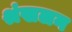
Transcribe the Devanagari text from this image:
श्रंखलन